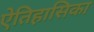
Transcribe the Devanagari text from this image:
ऐतिहासिका